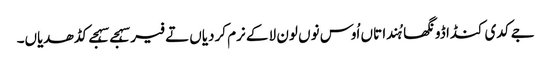
جے کدی کنڈا ڈونگھا ہُندا تاں اُوس نوں لون لا کے نرم کردیاں تے فیر سہجے سہجے کڈھدیاں۔